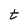
Character: t